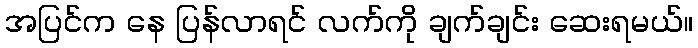
အပြင်က နေ ပြန်လာရင် လက်ကို ချက်ချင်း ဆေးရမယ်။